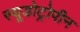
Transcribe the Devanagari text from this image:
स्यूडोट्रोपीन